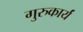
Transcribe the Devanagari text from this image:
गुरुकार्यं